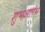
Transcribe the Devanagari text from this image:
शुभआरंभ